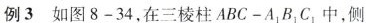
例3如图8-34，在三棱柱 $$ABC-A_{1}B_{1}C_{1}$$ }中，侧